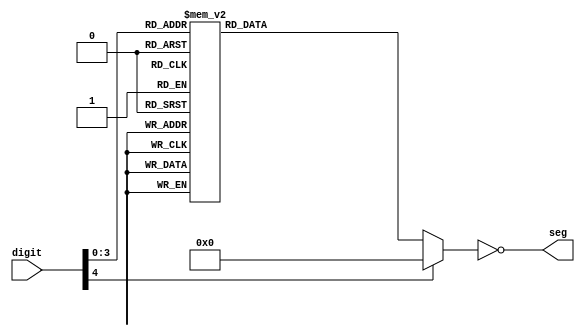
module digitTo7Seg(
    input [4:0] digit,
    output [7:0] seg
    );

    wire [4:0] digit;
    reg [7:0] seg;
    
    always @* begin
        case (digit)
            5'd0: seg = 8'b00111111;
            5'd1: seg = 8'b00000110;
            5'd2: seg = 8'b01011011;
            5'd3: seg = 8'b01001111;
            5'd4: seg = 8'b01100110;
            5'd5: seg = 8'b01101101;
            5'd6: seg = 8'b01111101;
            5'd7: seg = 8'b00000111;
            5'd8: seg = 8'b01111111;
            5'd9: seg = 8'b01100111;
			5'd10: seg = 8'b01101101; // s
			5'd11: seg = 8'b01111001; // e
			5'd12: seg = 8'b01111000; // t
            5'd13: seg = 8'b01111100; // b
            5'd14: seg = 8'b01110011; // p
			5'd15: seg = 8'b01000000; // -
            default: seg = 8'b00000000;
        endcase
        seg = ~seg;
    end
endmodule